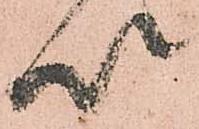
以